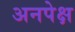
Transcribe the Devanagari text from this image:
अनपेक्ष